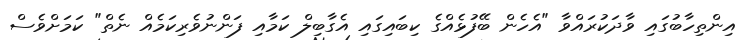
އިންތިހާބުގައި ވާދަކުރައްވާ "އެހެން ބޭފުޅެއްގެ ކިބައިގައި އެގާބިލް ކަމާއި ފަންނުވެރިކަމެއް ނެތް" ކަމަށްވެސް